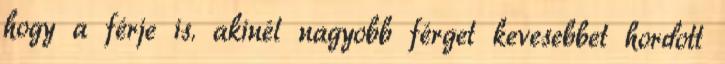
hogy a férje is. akinél nagyobb férget kevesebbet hordott